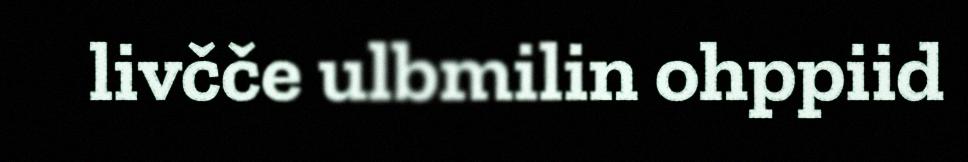
livčče ulbmilin ohppiid